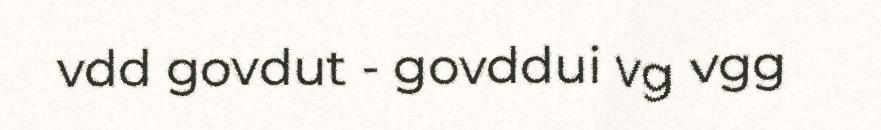
vdd govdut - govddui vg vgg